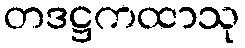
တဒဋ္ဌကထာသု